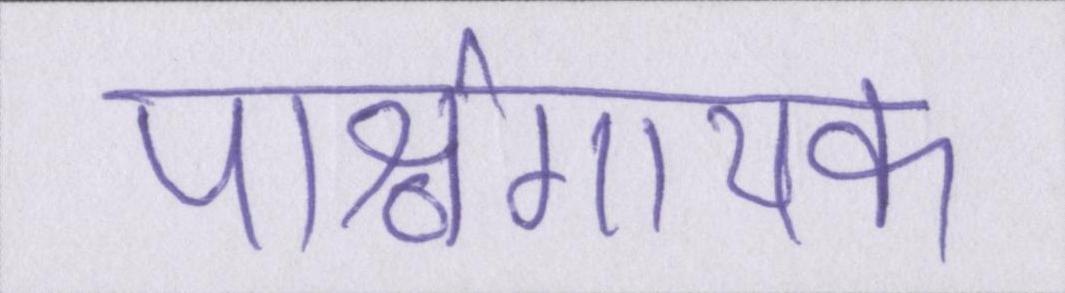
पार्श्वगायक